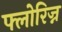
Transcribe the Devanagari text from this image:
फ्लोरिज्न